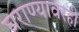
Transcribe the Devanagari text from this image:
घराण्यावरही